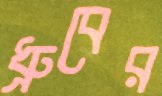
ধ্রুবের